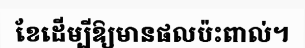
ខែដើម្បីឱ្យមានផលប៉ះពាល់។